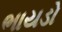
ભાયડો